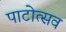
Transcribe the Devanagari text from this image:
पाटोत्सव